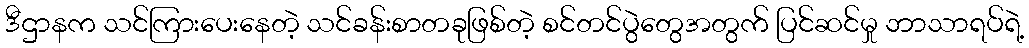
ဒီဌာနက သင်ကြားပေးနေတဲ့ သင်ခန်းစာတခုဖြစ်တဲ့ စင်တင်ပွဲတွေအတွက် ပြင်ဆင်မှု ဘာသာရပ်ရဲ့